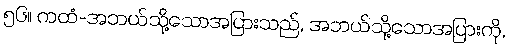
၅၆။ ကထံ-အဘယ်သို့သောအပြားသည်, အဘယ်သို့သောအပြားကို,